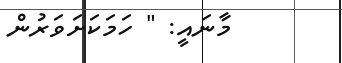
މާނައީ: " ހަމަކަށަވަރުން